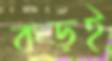
কড়ই